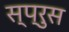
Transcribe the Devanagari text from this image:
स्प्रुस